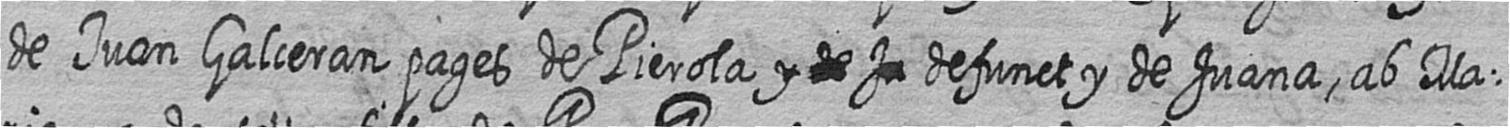
de Juan Galceran pages de Pierola # # # defunct y de Juana ab Ma=